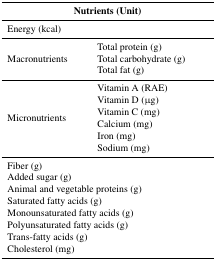
<table><thead><tr><td colspan="2"><b>Nutrients (Unit)</b></td></tr></thead><tbody><tr><td colspan="2">Energy (kcal)</td></tr><tr><td rowspan="3">Macronutrients</td><td>Total protein (g)</td></tr><tr><td>Total carbohydrate (g)</td></tr><tr><td>Total fat (g)</td></tr><tr><td rowspan="6">Micronutrients</td><td>Vitamin A (RAE)</td></tr><tr><td>Vitamin D (μg)</td></tr><tr><td>Vitamin C (mg)</td></tr><tr><td>Calcium (mg)</td></tr><tr><td>Iron (mg)</td></tr><tr><td>Sodium (mg)</td></tr><tr><td colspan="2">Fiber (g)</td></tr><tr><td colspan="2">Added sugar (g)</td></tr><tr><td colspan="2">Animal and vegetable proteins (g)</td></tr><tr><td colspan="2">Saturated fatty acids (g)</td></tr><tr><td colspan="2">Monounsaturated fatty acids (g)</td></tr><tr><td colspan="2">Polyunsaturated fatty acids (g)</td></tr><tr><td colspan="2">Trans-fatty acids (g)</td></tr><tr><td colspan="2">Cholesterol (mg)</td></tr></tbody></table>